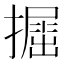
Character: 𢶵